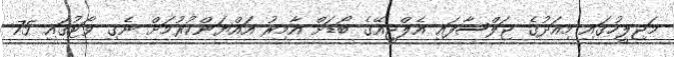
މަޖިލީހުގައި މިއަދުގެ ޖަލްސާފައި އެލްޖީއޭގެ ބޯޑަށް އާމިރު އައްޔަންކުރުމަށް ނެގި ވޯޓުގައި 75